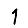
Digit: 1